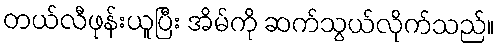
တယ်လီဖုန်းယူပြီး အိမ်ကို ဆက်သွယ်လိုက်သည်။